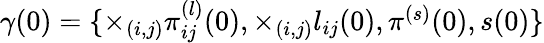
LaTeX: \begin{array}{r}{\gamma(0)=\{ \times_{(i,j)}\pi_{ij}^{(l)}(0),\times_{(i,j)}l_{ij}(0),\pi^{(s)}(0),s(0)\} }\end{array}